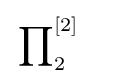
\sideset {}{_{2}^{\left[2\right]}\quad }\prod